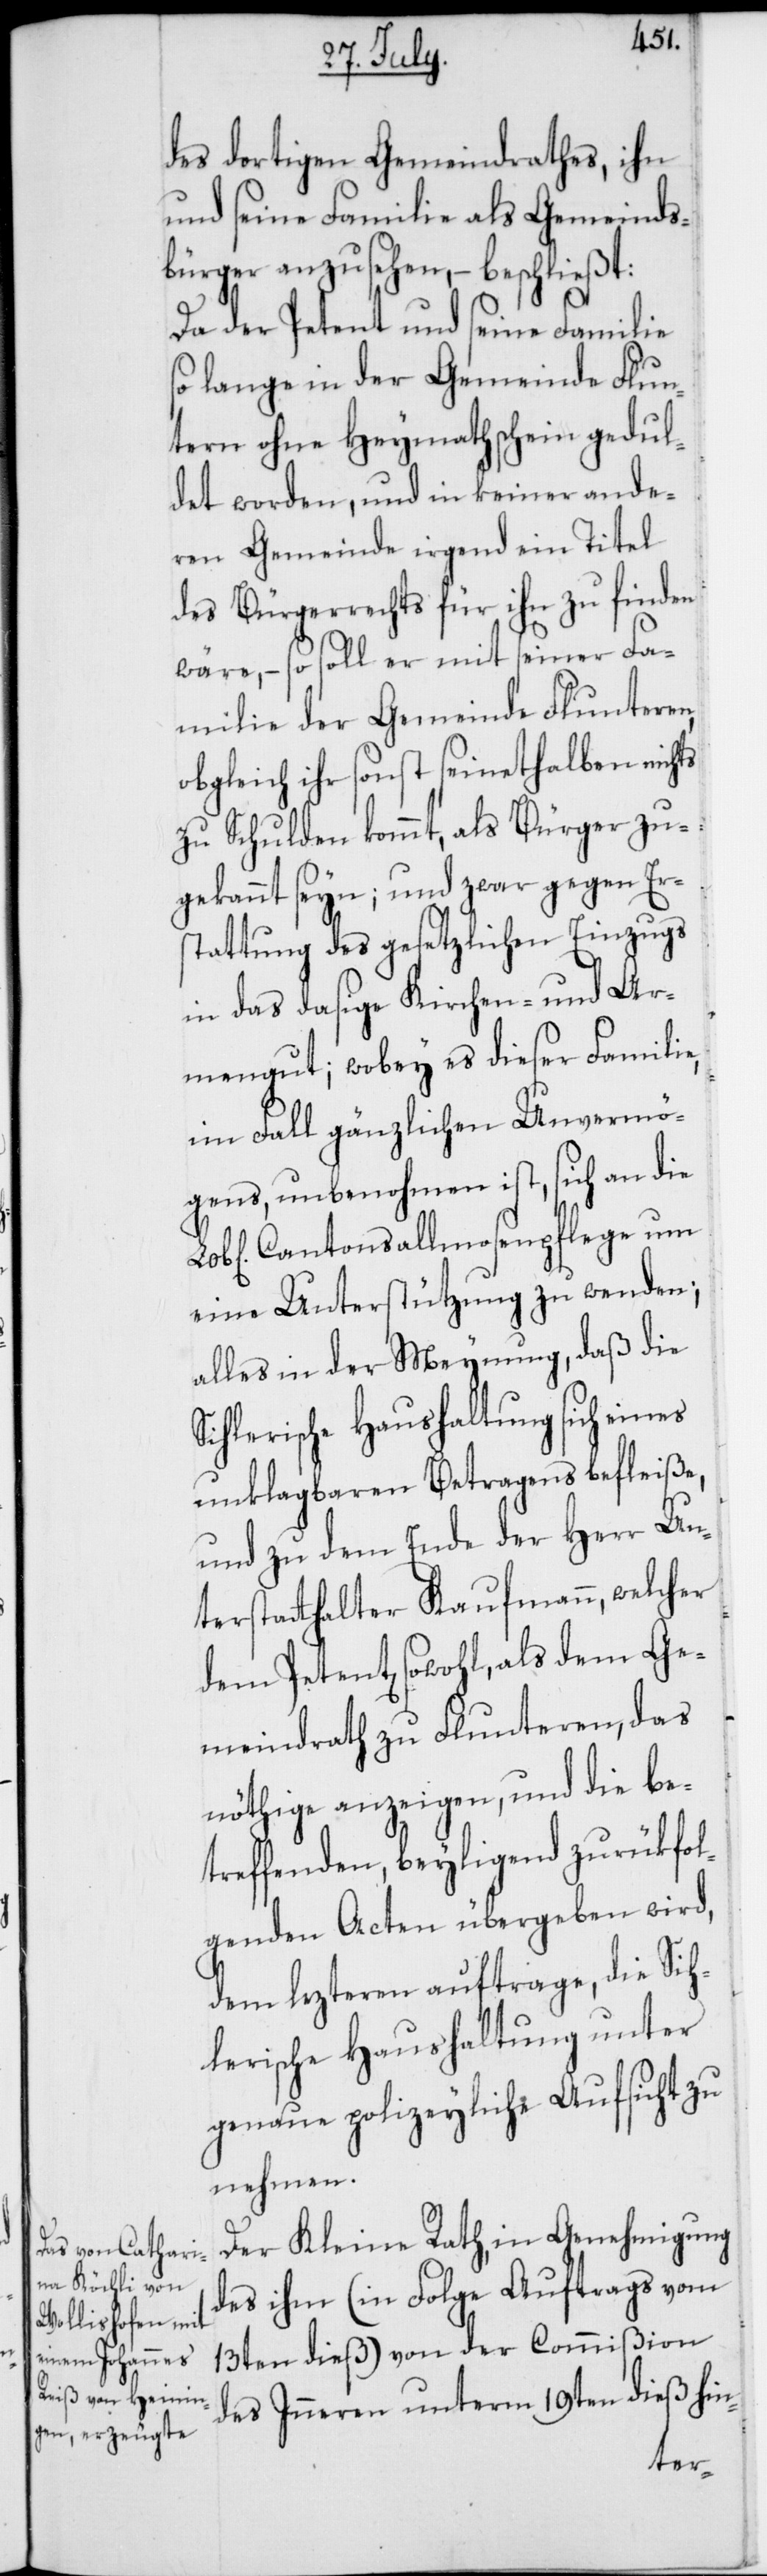
des dortigen Gemeindrathes, ihn
und seine Familie als Gemeinds¬
bürger anzusehen, – beschließt:
Da der Petent und seine Familie
so lange in der Gemeinde Flun¬
tern ohne Heymathschein gedul¬
det worden, und in keiner ande¬
ren Gemeinde irgend ein Titel
des Bürgerrechts für ihn zu finden
wäre, – so soll er mit seiner Fa¬
milie der Gemeinde Flunteren,
obgleich ihr sonst seinethalben nichts
zu Schulden kommt, als Bürger zu¬
gekannt seyn; und zwar gegen Er¬
stattung des gesetzlichen Einzugs
in das dasige Kirchen- und Ar¬
mengut; wobey es dieser Familie,
im Fall gänzlichen Unvermö¬
gens, unbenohmen ist, sich an die
Cantonsallmosenpflege um
eine Unterstützung zu wenden;
alles in der Meynung, daß die
Sihlerische Haushaltung sich eines
unklagbaren Betragens befleiße,
und zu dem Ende der Herr Un¬
terstatthalter Kaufmann, welcher
dem Petent sowohl, als dem Ge¬
meindrath zu Flunteren, das
nöthige anzeigen und die be¬
treffenden, beyligend zurükfol¬
genden Acten übergeben wird,
dem lezteren auftrage, die Sih¬
lerische Haushaltung unter
genaue polizeyliche Aufsicht zu
nehmen.
Der Kleine Rath, in Genehmigung
des ihm (in Folge Auftrags vom
13ten dieß) von der Commißion
des Inneren unterm 19ten dieß hin-